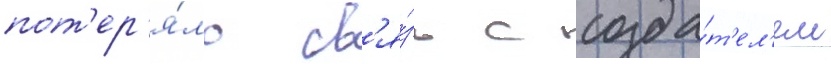
пот'ер'я́ло св'я́зь с созда́т'ел'ем